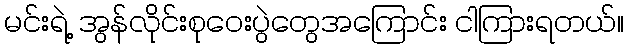
မင်းရဲ့ အွန်လိုင်းစုဝေးပွဲတွေအကြောင်း ငါကြားရတယ်။